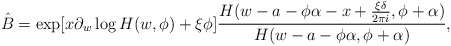
\begin{align*}\hat{B} = \exp [x\partial_w \log H(w,\phi) + \xi\phi]\frac{H(w-a-\phi\alpha-x+\frac{\xi\delta}{2\pi i}, \phi + \alpha)}{H(w-a-\phi\alpha, \phi + \alpha)}, \end{align*}